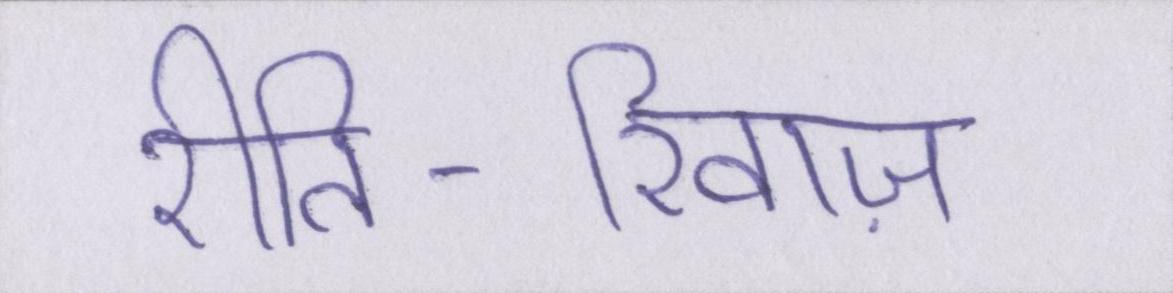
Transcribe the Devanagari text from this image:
रीति-रिवाज़